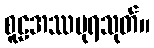
စူဠအဿပုရသုတ်။